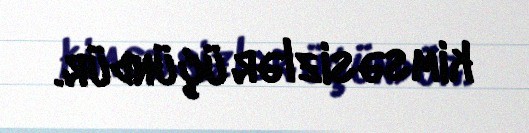
kimsəsizlər üçündür.